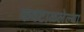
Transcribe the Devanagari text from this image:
कवटाळलेल्या